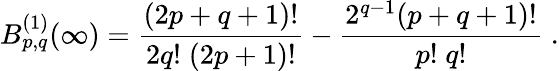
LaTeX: B_{p,q}^{(1)}(\infty)=\frac{(2p+q+1)!}{2q!\; (2p+1)!}-\frac{2^{q-1}(p+q+1)!}{p!\; q!}\; .